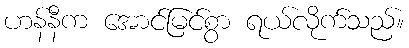
ဟန်နီက အောင်မြင်စွာ ရယ်လိုက်သည်။